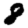
Digit: 8